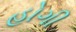
હોગી